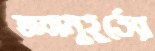
জন্মমুহূর্তের